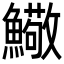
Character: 𩼃